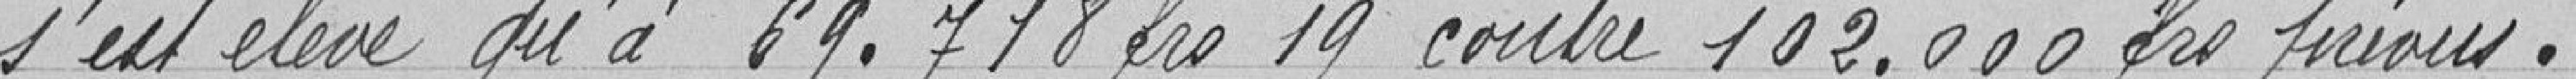
s'est élevé qu'à 69.718 francs 19 contre 102.000 francs prévus.